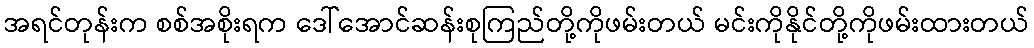
အရင်တုန်းက စစ်အစိုးရက ဒေါ်အောင်ဆန်းစုကြည်တို့ကိုဖမ်းတယ် မင်းကိုနိုင်တို့ကိုဖမ်းထားတယ်